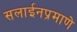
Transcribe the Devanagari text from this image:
सलाईनप्रमाणे